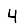
Digit: 4